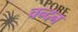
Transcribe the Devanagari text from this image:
चन्‍दन